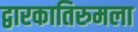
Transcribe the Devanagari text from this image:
द्वारकातिरुमला